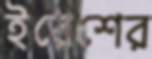
ইরেশের